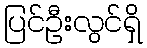
ပြင်ဦးလွင်ရှိ